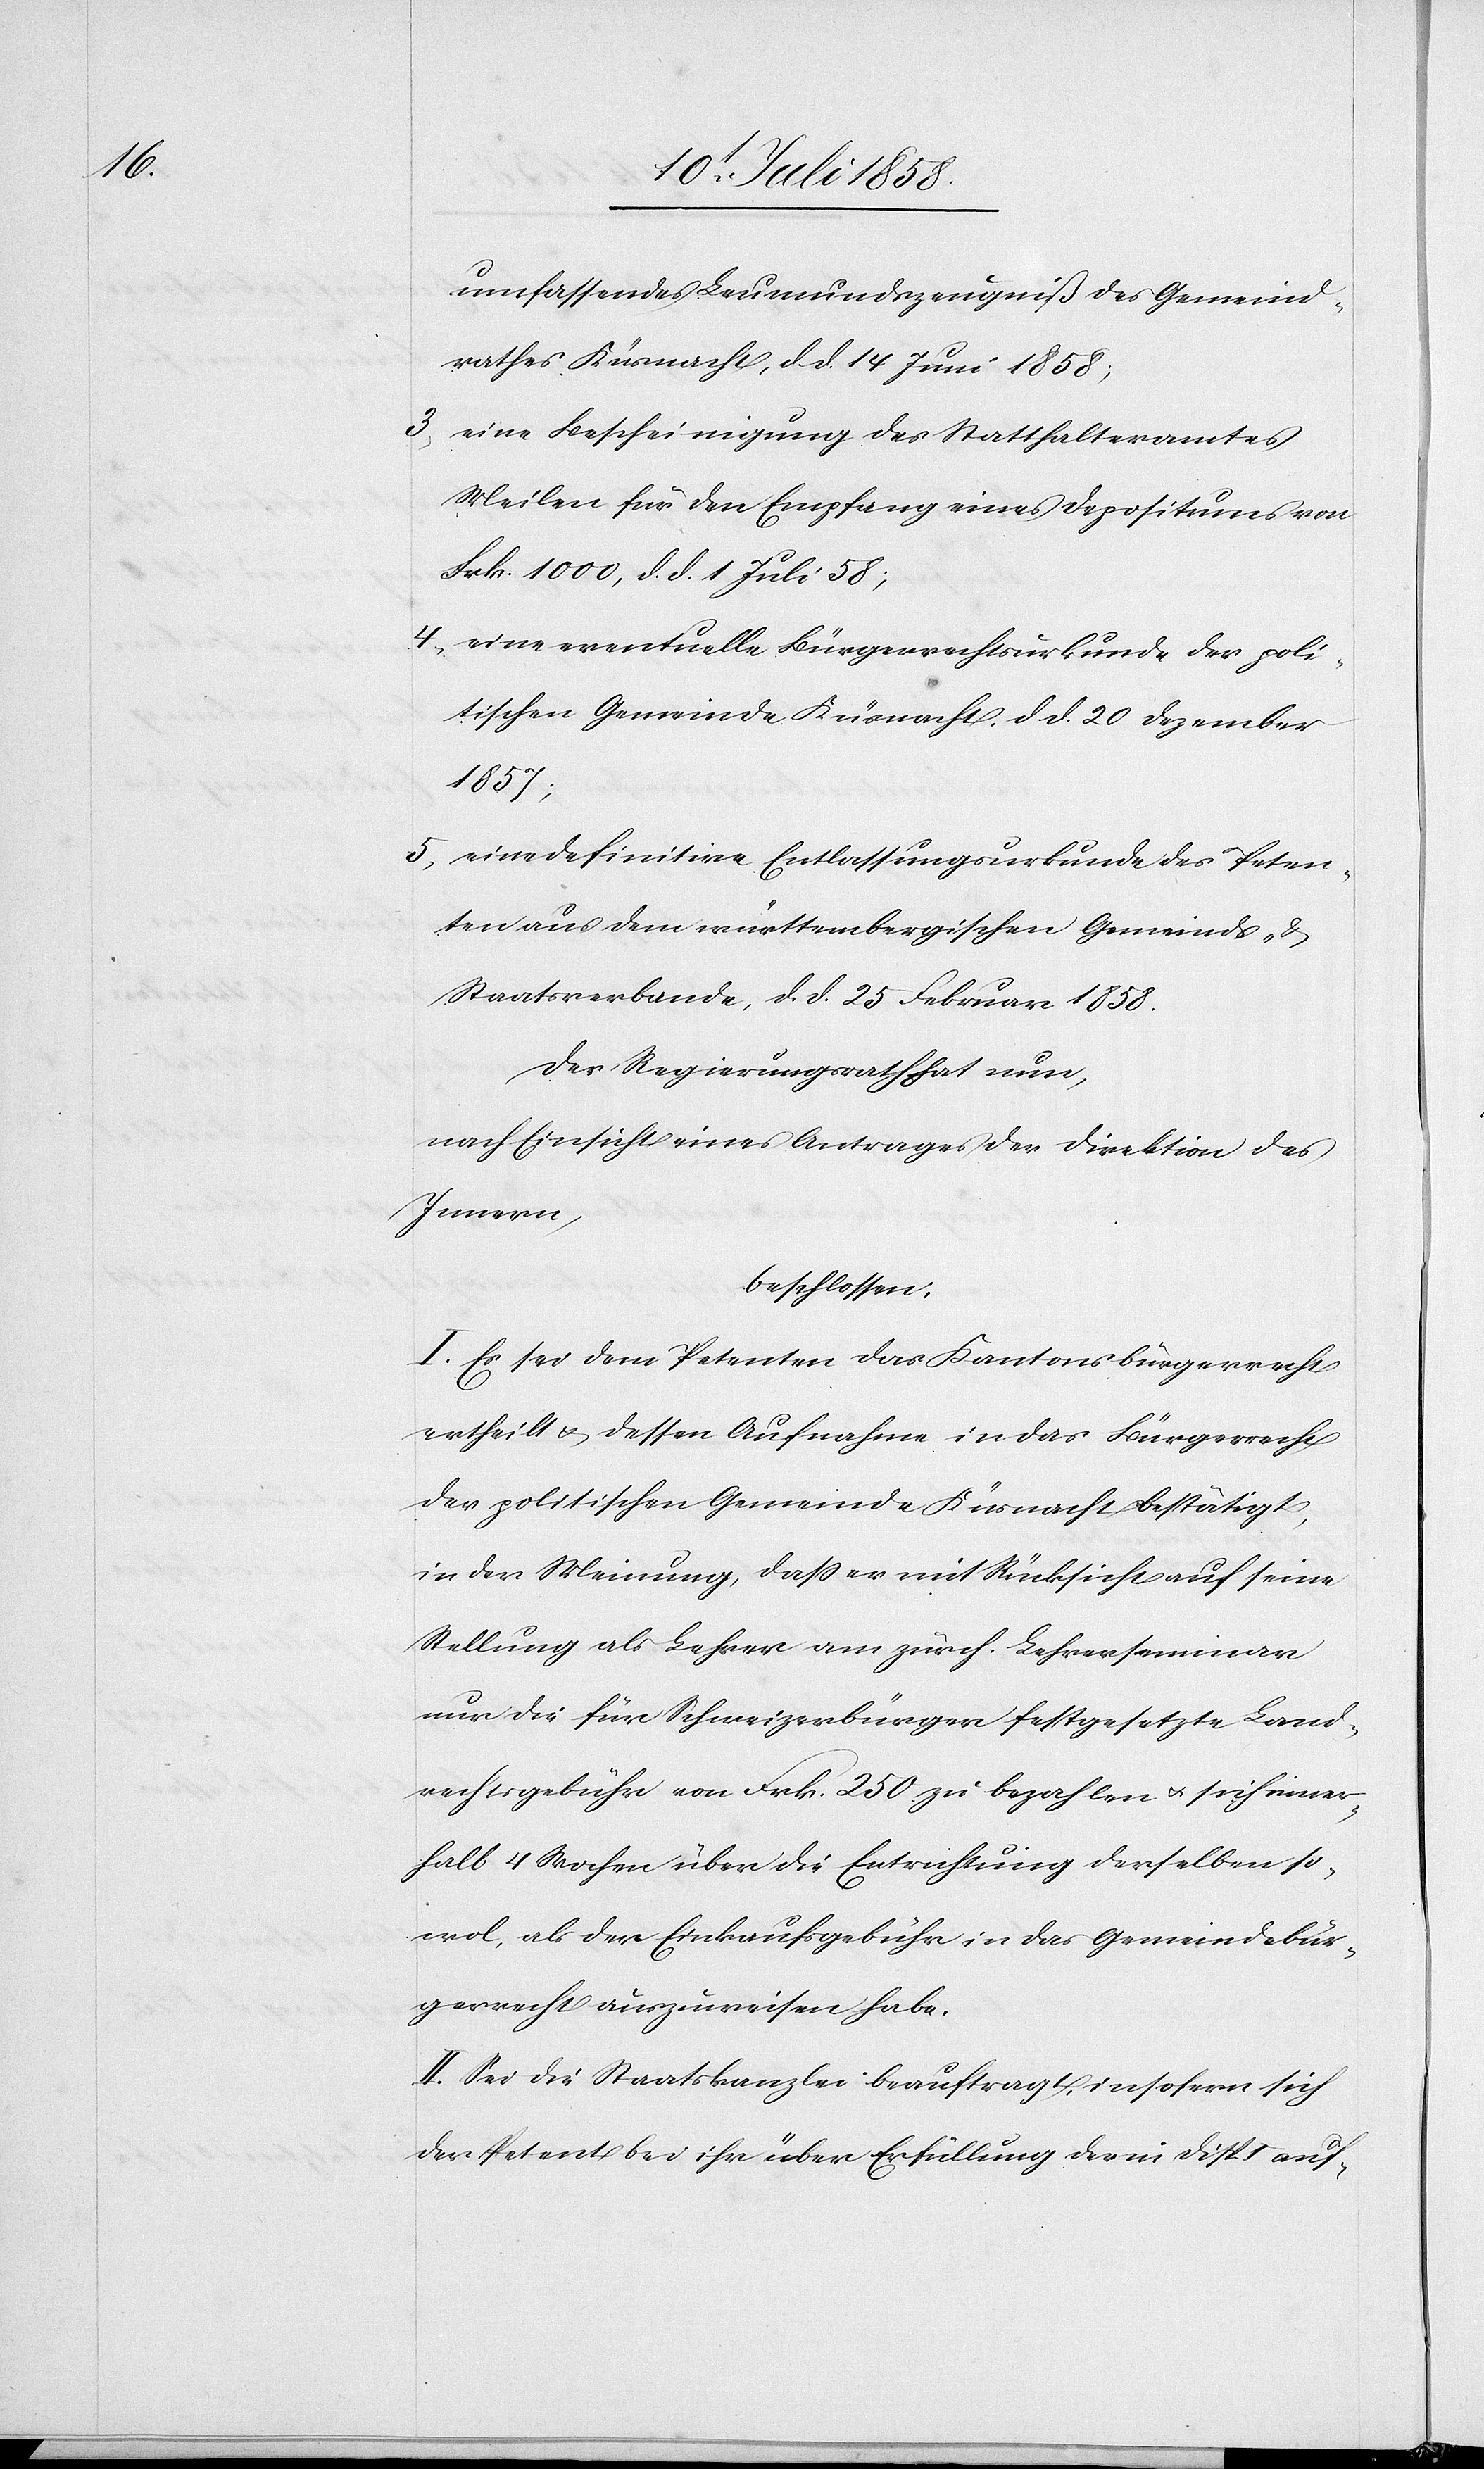
umfassendes Leumundszeugniß des Gemeind¬
rathes Küsnacht, d. d. 14 Juni 1858;
eine Bescheinigung des Statthalteramtes
Meilen für den Empfang eines Depositums von
Frk. 1000, d. d. 1 Juli 58;
eine eventuelle Bürgerrechtsurkunde der poli¬
tischen Gemeinde Küsnacht, d. d. 20 Dezember
1857;
eine definitive Entlassungsurkunde des Peten¬
ten aus dem württembergischen Gemeinds- &
Staatsverbande, d. d. 25 Februar 1858.
Der Regierungsrath hat nun,
nach Einsicht eines Antrages der Direktion des
Innern,
beschlossen:
I. Es sei dem Petenten das Kantonsbürgerrecht
ertheilt & dessen Aufnahme in das Bürgerrecht
der politischen Gemeinde Küsnacht bestätigt,
in der Meinung, dass er mit Rücksicht auf seine
Stellung als Lehrer am zürch. Lehrerseminar
nur die für Schweizerbürger festgesetzte Land¬
rechtsgebühr von Frk. 250 zu bezahlen & sich inner¬
halb 4 Wochen über die Entrichtung derselben so¬
wol, als der Einkaufsgebühr in das Gemeindebür¬
gerrecht auszuweisen habe.
II. Sei die Staatskanzlei beauftragt, insofern sich
der Petent bei ihr über Erfüllung der in Disp. I auf-